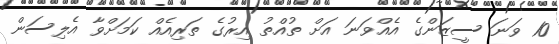
10 ވަނަ ސީޒަންގެ އެއްވަނަ އަށް ތުއްތު އިރުގެ ތަރިއެއް ކަމަށްވާ އެލިސަން